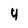
Character: 4